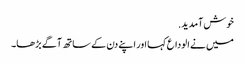
خوش آمدید.
میں نے الوداع کہا اور اپنے دن کے ساتھ آگے بڑھا۔